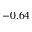
- 0 . 6 4